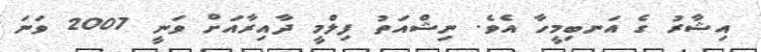
އިޝާރު ގެ އަނބިމީހާ އެވެ. ނިޝްއަތު ފިލްމީ ދާއިރާއަށް ވަނީ 2007 ވަނަ